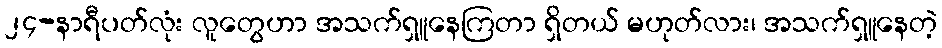
၂၄-နာရီပတ်လုံး လူတွေဟာ အသက်ရှူနေကြတာ ရှိတယ် မဟုတ်လား၊ အသက်ရှူနေတဲ့